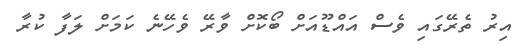
އިރު ތެރޭގައި ވެސް އައްޑޫއަށް ބޯކޮށް ވާރޭ ވެހޭނެ ކަމަށް ލަފާ ކުރާ